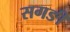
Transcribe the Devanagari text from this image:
सगङी